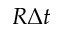
R \Delta t